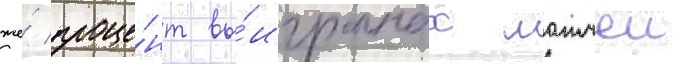
же́ проце́нт вы́игранных матчеи